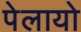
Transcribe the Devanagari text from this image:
पेलायो